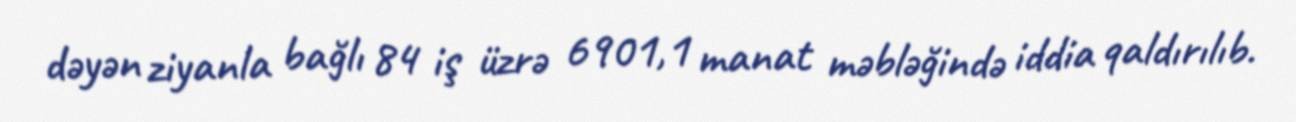
dəyən ziyanla bağlı 84 iş üzrə 6901,1 manat məbləğində iddia qaldırılıb.